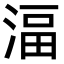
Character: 湢